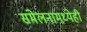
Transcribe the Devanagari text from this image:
संमेलनामध्येही